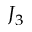
J _ { 3 }